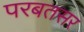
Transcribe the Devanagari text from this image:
परबतसर